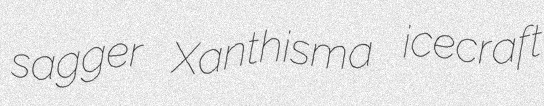
sagger Xanthisma icecraft